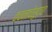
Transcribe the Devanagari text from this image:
वचनाचेसुद्धा